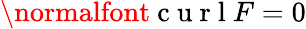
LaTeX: \normalfont{\mathrm{~c~u~r~l~}}F=0